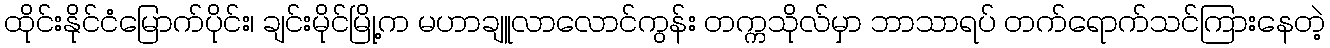
ထိုင်းနိုင်ငံမြောက်ပိုင်း၊ ချင်းမိုင်မြို့က မဟာချူလာလောင်ကွန်း တက္ကသိုလ်မှာ ဘာသာရပ် တက်ရောက်သင်ကြားနေတဲ့